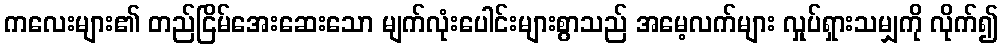
ကလေးများ၏ တည်ငြိမ်အေးဆေးသော မျက်လုံးပေါင်းများစွာသည် အမေ့လက်များ လှုပ်ရှားသမျှကို လိုက်၍